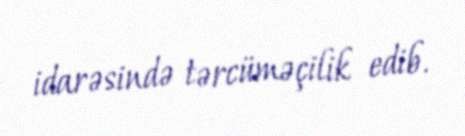
idarəsində tərcüməçilik edib.